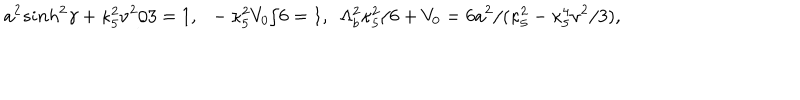
a ^ { 2 } s i n h ^ { 2 } \gamma + \kappa _ { 5 } ^ { 2 } \nu ^ { 2 } / 3 = 1 , ~ ~ - \kappa _ { 5 } ^ { 2 } V _ { 0 } / 6 = 1 , ~ ~ \Lambda _ { b } ^ { 2 } \kappa _ { 5 } ^ { 2 } / 6 + V _ { 0 } = 6 a ^ { 2 } / ( \kappa _ { 5 } ^ { 2 } - \kappa _ { 5 } ^ { 4 } \nu ^ { 2 } / 3 ) ,